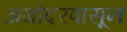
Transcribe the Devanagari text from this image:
अगोदरपासून